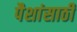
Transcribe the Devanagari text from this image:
पैशांसाठी